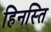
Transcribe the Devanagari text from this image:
हिनस्ति